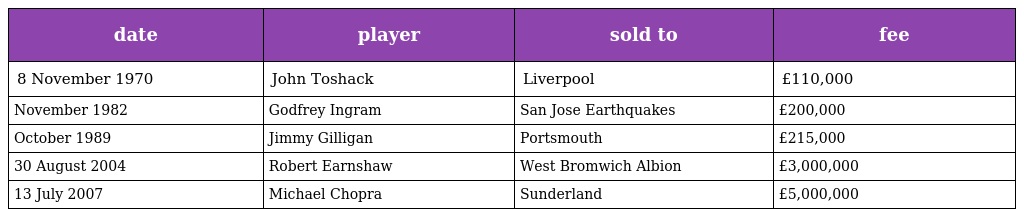
| date | player | sold to | fee |
 | --- | --- | --- | --- |
 | 8 November 1970 | John Toshack | Liverpool | £110,000 |
 | November 1982 | Godfrey Ingram | San Jose Earthquakes | £200,000 |
 | October 1989 | Jimmy Gilligan | Portsmouth | £215,000 |
 | 30 August 2004 | Robert Earnshaw | West Bromwich Albion | £3,000,000 |
 | 13 July 2007 | Michael Chopra | Sunderland | £5,000,000 |